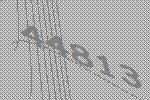
44813